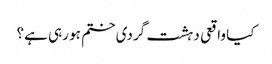
کیا واقعی دہشت گردی ختم ہو رہی ہے؟